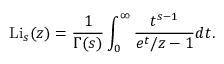
\operatorname { L i } _ { s } ( z ) = { \frac { 1 } { \Gamma ( s ) } } \int _ { 0 } ^ { \infty } { \frac { t ^ { s - 1 } } { e ^ { t } / z - 1 } } d t .